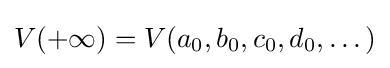
V(+\infty )=V(a_{0},b_{0},c_{0},d_{0},\dots )